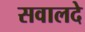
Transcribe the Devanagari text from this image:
सवालदे